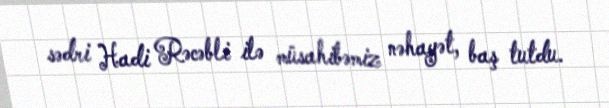
sədri Hadi Rəcəbli ilə müsahibəmiz nəhayət, baş tutdu.